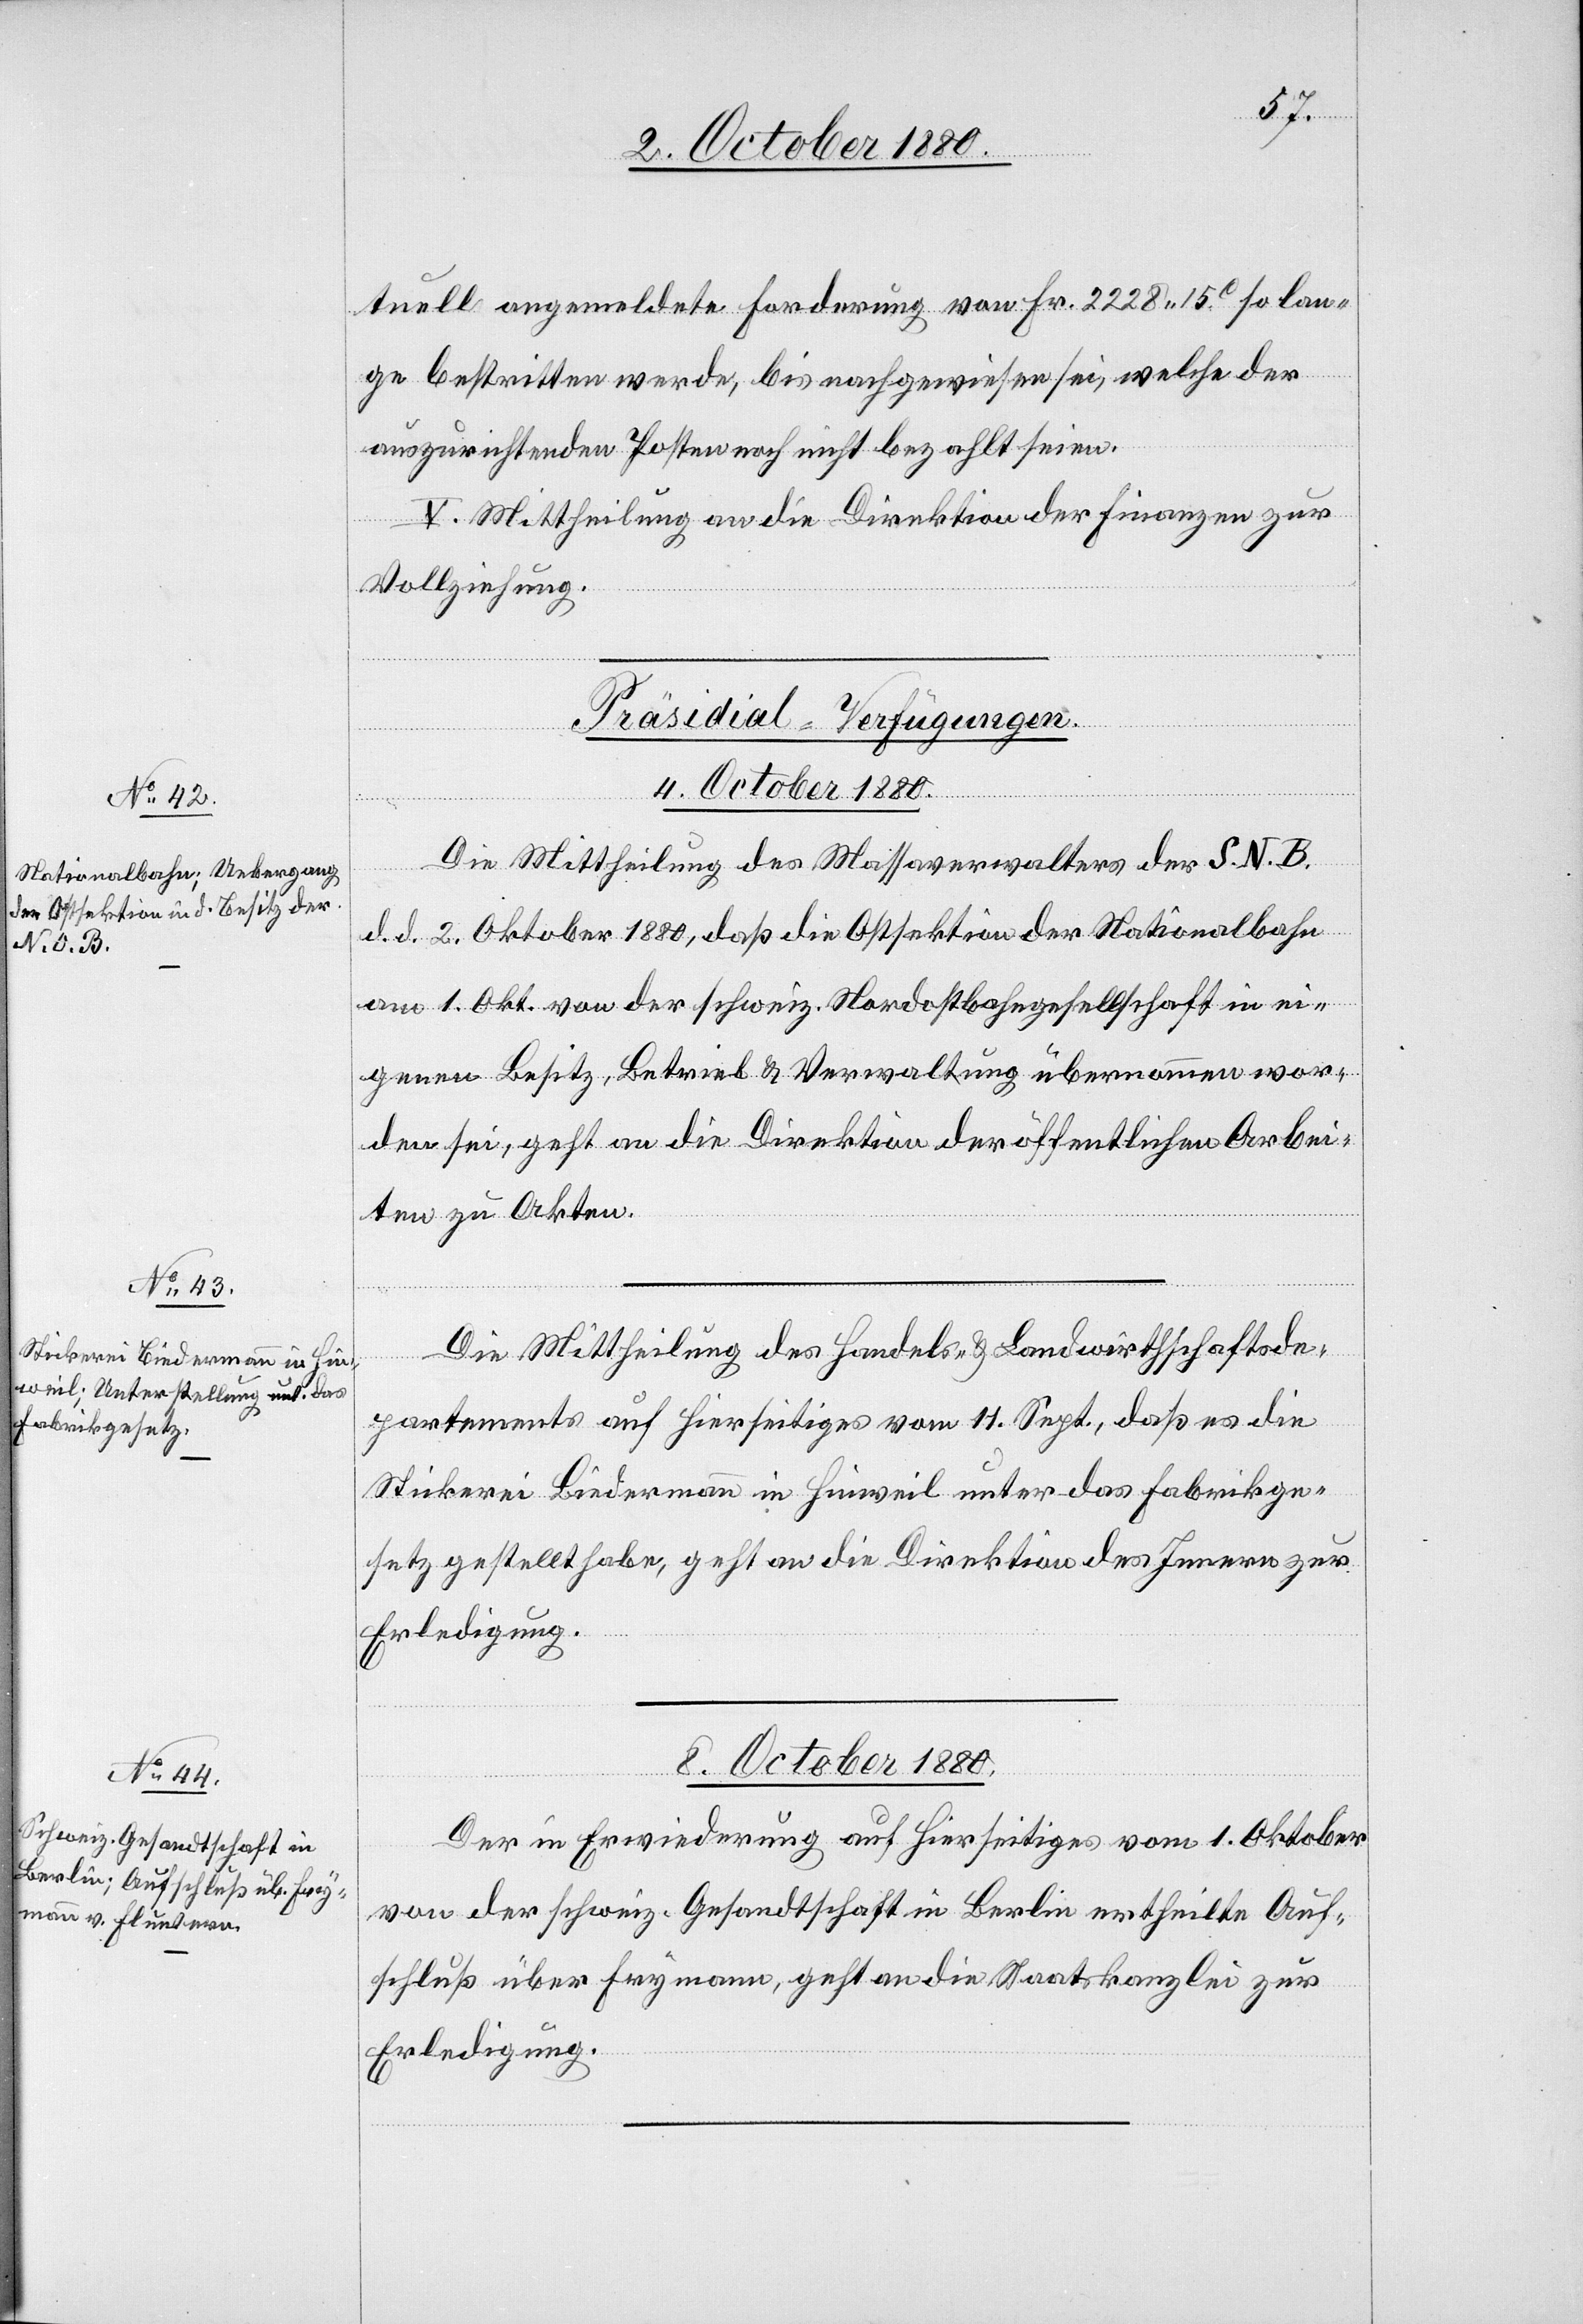
tuell angemeldete Forderung von Fr. 2228 15 so lan¬
ge bestritten werde, bis nachgewiesen sei, welche der
auszurichtenden Posten noch nicht bezahlt seien.
V. Mittheilung an die Direktion der Finanzen zur
Vollziehung.
[Präsidial-Verfügungen.]
4. October 1880.]
Die Mittheilung des Massaverwalters der S. N. B.
d. d. 2. Oktober 1880, daß die Ostsektion der Nationalbahn
am 1. Okt. von der schweiz. Nordostbahngesellschaft in ei¬
genem Besitz, Betrieb & Verwaltung übernommen wor¬
den sei, geht an die Direktion der öffentlichen Arbei¬
ten zu Akten.
Die Mittheilung des Handel- & Landwirthschaftsde¬
partements auf Hierseitiges vom 11. Sept., daß es die
Stickerei Biedermann in Hinweil unter das Fabrikge¬
setz gestellt habe, geht an die Direktion des Innern zur
Erledigung.
8. October 1880.
Der in Erwiderung auf Hierseitiges vom 1. Oktober
von der schweiz. Gesandtschaft in Berlin ertheilte Auf¬
schluß über Frymann, geht an die Staatskanzlei zur
Erledigung.